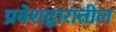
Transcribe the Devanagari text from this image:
प्रवेशद्वारातील